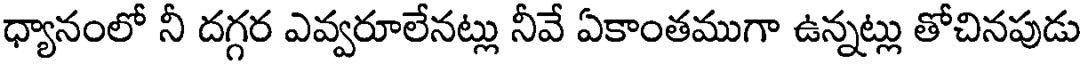
ధ్యానంలో నీ దగ్గర ఎవ్వరూలేనట్లు నీవే ఏకాంతముగా ఉన్నట్లు తోచినపుడు